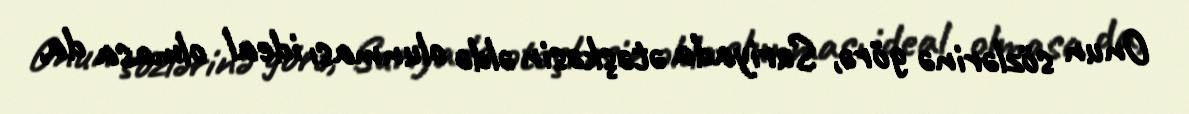
Onun sözlərinə görə, Suriyada ətəşkəsin əldə olunması ideal olmasa da,